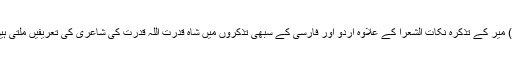
(۴) میر کے تذکرہ نکات الشعرا کے علاوہ اردو اور فارسی کے سبھی تذکروں میں شاہ قدرت اللہ قدرت کی شاعری کی تعریفیں ملتی ہیں ۔